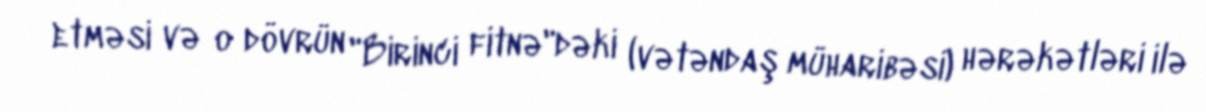
etməsi və o dövrün "Birinci fitnə"dəki (vətəndaş müharibəsi) hərəkətləri ilə